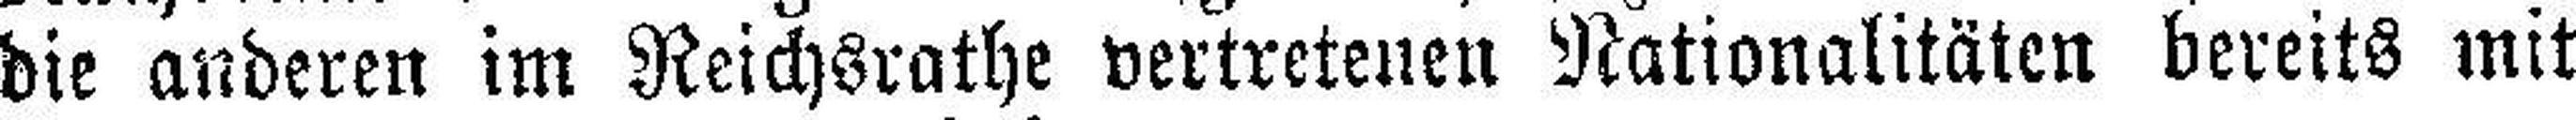
die anderen im Reichsrathe vertretenen Nationalitäten bereits mit